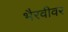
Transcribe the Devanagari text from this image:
भैरवीवर